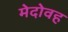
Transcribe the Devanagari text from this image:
मेदोवह